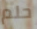
حلم